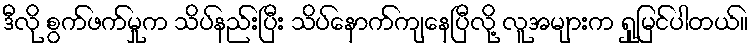
ဒီလို စွက်ဖက်မှုက သိပ်နည်းပြီး သိပ်နောက်ကျနေပြီလို့ လူအများက ရှုမြင်ပါတယ်။